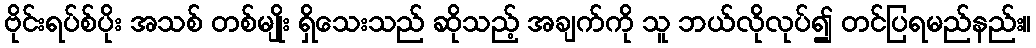
ဗိုင်းရပ်စ်ပိုး အသစ် တစ်မျိုး ရှိသေးသည် ဆိုသည့် အချက်ကို သူ ဘယ်လိုလုပ်၍ တင်ပြရမည်နည်း။